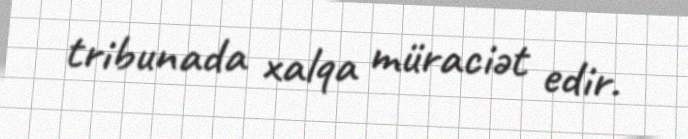
tribunada xalqa müraciət edir.